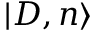
| D , n \rangle